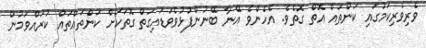
ވެރިވެރިކަމުގައި ކަންތައް އޮތް ގޮތެވެ. އެހެންވެ އޭނާ ބޭނުންފުޅުވެވަޑައިގަތް ގޮތަކަށް ކަންތައްތައް ކުރައްވަމުން